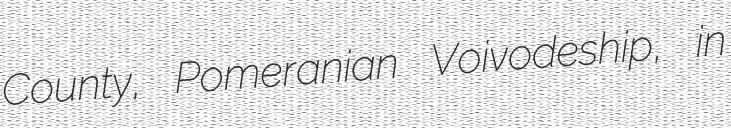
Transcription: County, Pomeranian Voivodeship, in